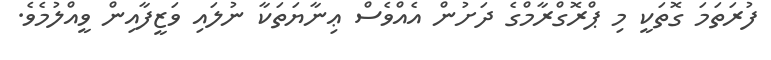
ފުރަތަމަ ގޮތަކީ މި ޕްރޮގްރާމްގެ ދަށުން އެއްވެސް ޢިނާޔަތަކާ ނުލައި ވަޒީފާއިން ވީއްލުމެވެ.